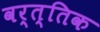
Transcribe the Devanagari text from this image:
वर्त्तिक